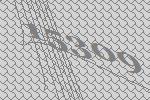
15309